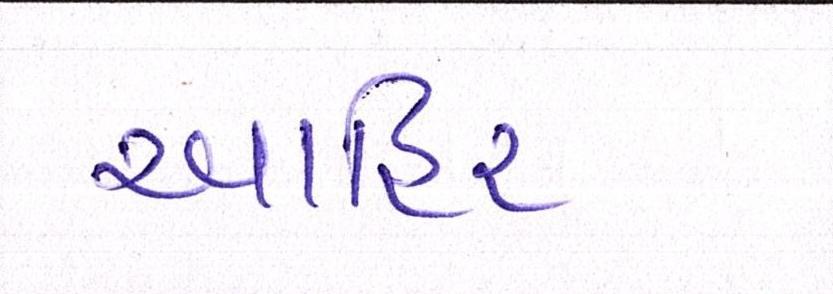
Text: આહિર